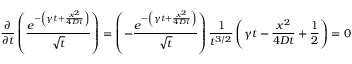
\frac { \partial } { \partial t } \left( \frac { e ^ { - \left( \gamma t + \frac { x ^ { 2 } } { 4 D t } \right) } } { \sqrt { t } } \right) = \left( - \frac { e ^ { - \left( \gamma t + \frac { x ^ { 2 } } { 4 D t } \right) } } { \sqrt { t } } \right) \frac { 1 } { t ^ { 3 / 2 } } \left( \gamma t - \frac { x ^ { 2 } } { 4 D t } + \frac { 1 } { 2 } \right) = 0